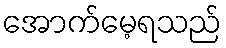
အောက်မေ့ရသည်